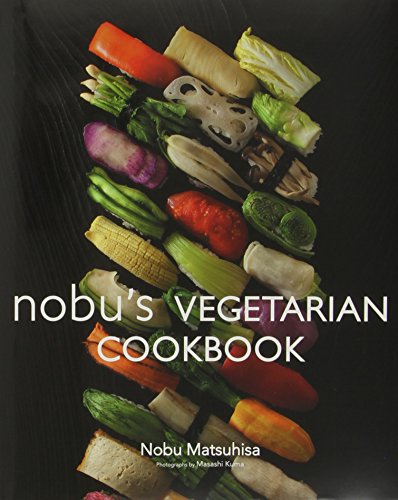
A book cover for Nobu's Vegetarian Cookbook; Nobu Matsuhisa; Cookbooks, Food & Wine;